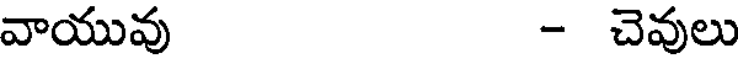
వాయువు - చెవులు